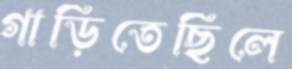
গাড়িতেছিলে